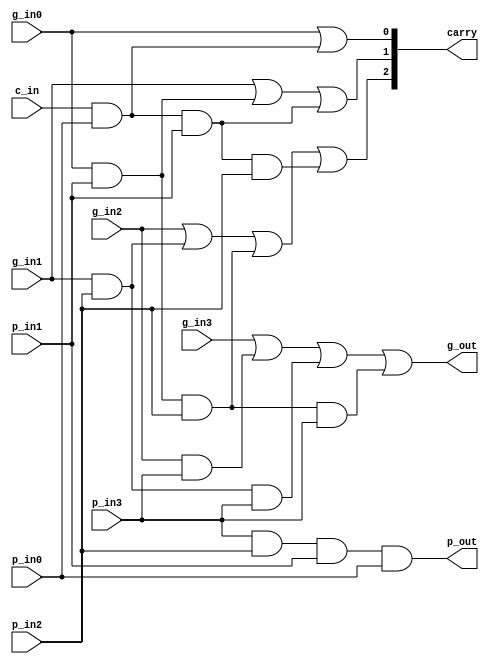
module CLA16clg(g_out,                                                                    
                 p_out,                                                                    
                 carry,                                                                    
                 p_in0,                                                                    
                 g_in0,                                                                    
                 p_in1,                                                                    
                 g_in1,                                                                    
                 p_in2,                                                                    
                 g_in2,                                                                    
                 p_in3,                                                                    
                 g_in3,                                                                    
                 c_in                                                                      
                 ) ;                                                                       
                                                                                           
 parameter CA_WIDTH = 3 ;                                                                  
 parameter C_1 = 0 ;                                                                       
 parameter C_2 = 1 ;                                                                       
 parameter C_3 = 2 ;                                                                       
                                                                                           
 output                g_out ;                                                             
 output                p_out ;                                                             
 output[CA_WIDTH-1:0]  carry ;                                                             
                                                                                           
 input                 p_in0 ;                                                             
 input                 g_in0 ;                                                             
 input                 p_in1 ;                                                             
 input                 g_in1 ;                                                             
 input                 p_in2 ;                                                             
 input                 g_in2 ;                                                             
 input                 p_in3 ;                                                             
 input                 g_in3 ;                                                             
 input                 c_in ;                                                              
 	                                                                                         
 	//                                                                                       
 	assign carry[C_1] = g_in0|(c_in&p_in0) ;                                                 
 	assign carry[C_2] = g_in1|(g_in0&p_in1)|(c_in&p_in0&p_in1) ;                             
 	assign carry[C_3] = g_in2|(g_in1&p_in2)|(g_in0&p_in1&p_in2)|(c_in&p_in0&p_in1&p_in2) ;   
                                                                                           
 	//                                                                                       
 	assign g_out = g_in3|(g_in2&p_in3)|(g_in1&p_in2&p_in3)|(g_in0&p_in1&p_in2&p_in3) ;       
 	assign p_out = p_in3&p_in2&p_in1&p_in0 ;                                                 
                                                                                           
                                                                                           
 endmodule